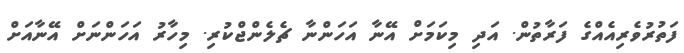
ފަތުރުވެރިއެއްގެ ފަރާތުން. އަދި މިކަމަށް އޭނާ އަހަންނާ ޗެލެންޖްކުރި. މިހާރު އަހަންނަށް އޭނާއަށް